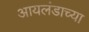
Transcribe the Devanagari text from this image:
आयलंडाच्या